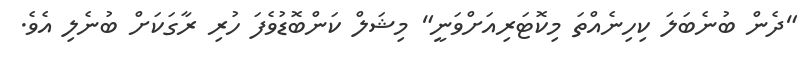
"ދެން ބުނެބަލަ ކިހިނެއްތަ މިކޮޓަރިއަށްވަނީ" މިޝަލް ކަންބޮޑުވެފަ ހުރި ރާގަކަށް ބުނެލި އެވެ.